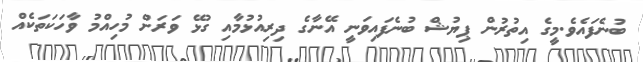
ބުނެފައެވެ.މީގެ އިތުރުން ޕިޔުޝް ބުނެފައިވަނީ އޭނާގެ ދިރިއުޅުމާއި ގުޅޭ ވަރަށް މުހިއްމު ވާހަކަތަކެއް